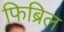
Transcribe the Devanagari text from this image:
फिब्रिल